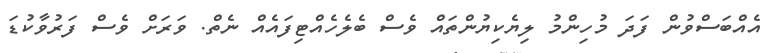
އެއްބަސްވުން ފަދަ މުހިންމު ލިޔެކިޔުންތައް ވެސް ބެލެހެއްޓިފައެއް ނެތް. ވަރަށް ވެސް ފަރުވާކުޑަ